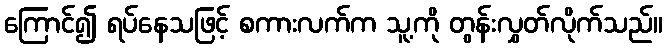
ကြောင်၍ ရပ်နေသဖြင့် စကားလက်က သူ့ကို တွန်းလွှတ်လိုက်သည်။